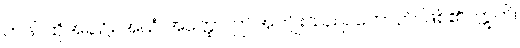
တဒါ၊ ထိုအခါ၌။ အယံ အတ္ထော၊ ဤအကျိုးသည်။ ဟောတိ၊ ဖြစ်၏။ ဣတိ၊